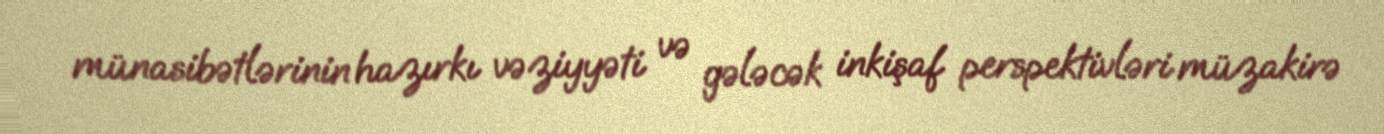
münasibətlərinin hazırkı vəziyyəti və gələcək inkişaf perspektivləri müzakirə